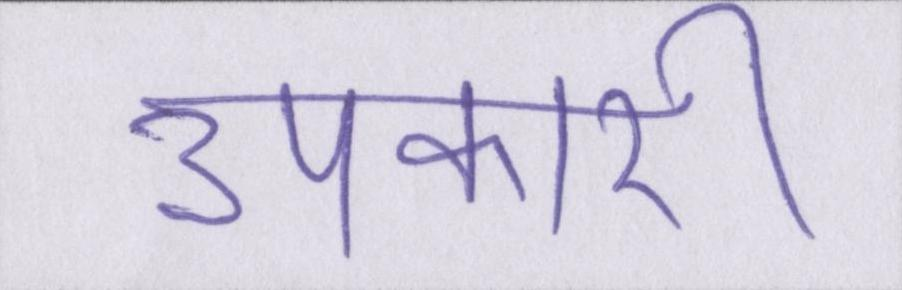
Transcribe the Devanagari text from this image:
उपकारी